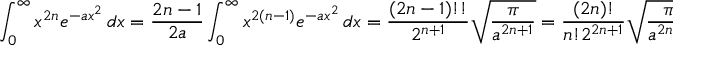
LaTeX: \int _ { 0 } ^ { \infty } x ^ { 2 n } e ^ { - a x ^ { 2 } } \, d x = { \frac { 2 n - 1 } { 2 a } } \int _ { 0 } ^ { \infty } x ^ { 2 ( n - 1 ) } e ^ { - a x ^ { 2 } } \, d x = { \frac { ( 2 n - 1 ) ! ! } { 2 ^ { n + 1 } } } { \sqrt { \frac { \pi } { a ^ { 2 n + 1 } } } } = { \frac { ( 2 n ) ! } { n ! 2 ^ { 2 n + 1 } } } { \sqrt { \frac { \pi } { a ^ { 2 n + 1 } } } }